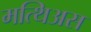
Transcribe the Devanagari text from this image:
मत्थिअस